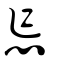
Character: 怎